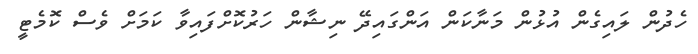
ހެދުން ލައިގެން އުޅުން މަނާކަން އަންގައިދޭ ނިޝާން ހަރުކޮށްފައިވާ ކަމަށް ވެސް ކޮމެޓީ